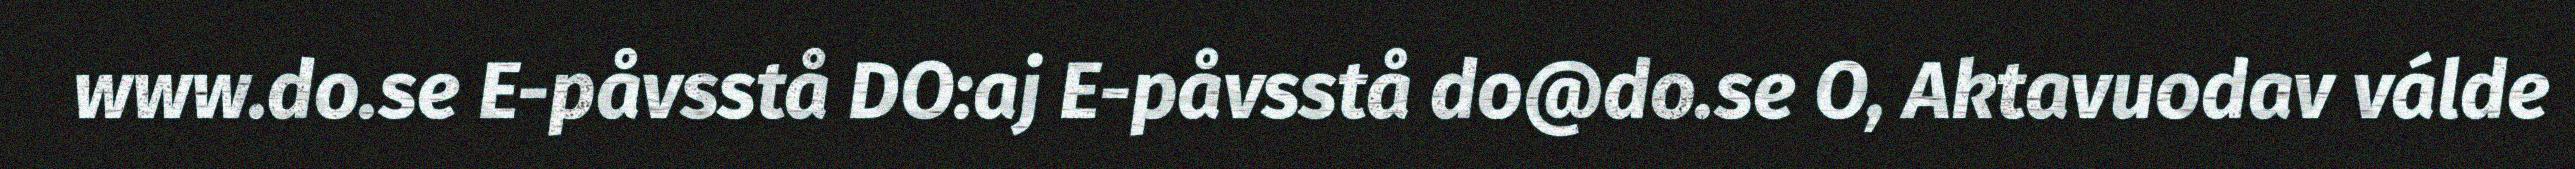
www.do.se E-påvsstå DO:aj E-påvsstå do@do.se O, Aktavuodav válde